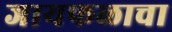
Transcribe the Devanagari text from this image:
जायफळाचा